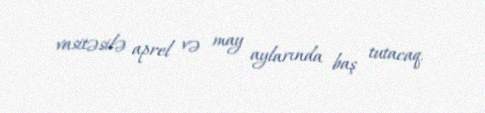
vasitəsilə aprel və may aylarında baş tutacaq.